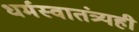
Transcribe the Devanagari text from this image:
धर्मस्वातंत्र्यही